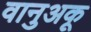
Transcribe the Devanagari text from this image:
वानुअकू